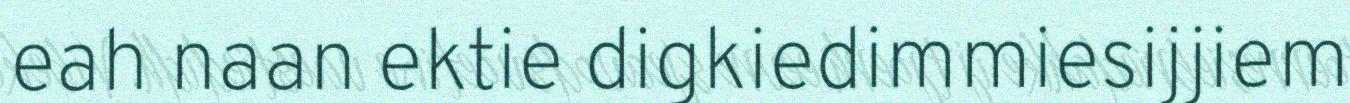
eah naan ektie digkiedimmiesijjiem